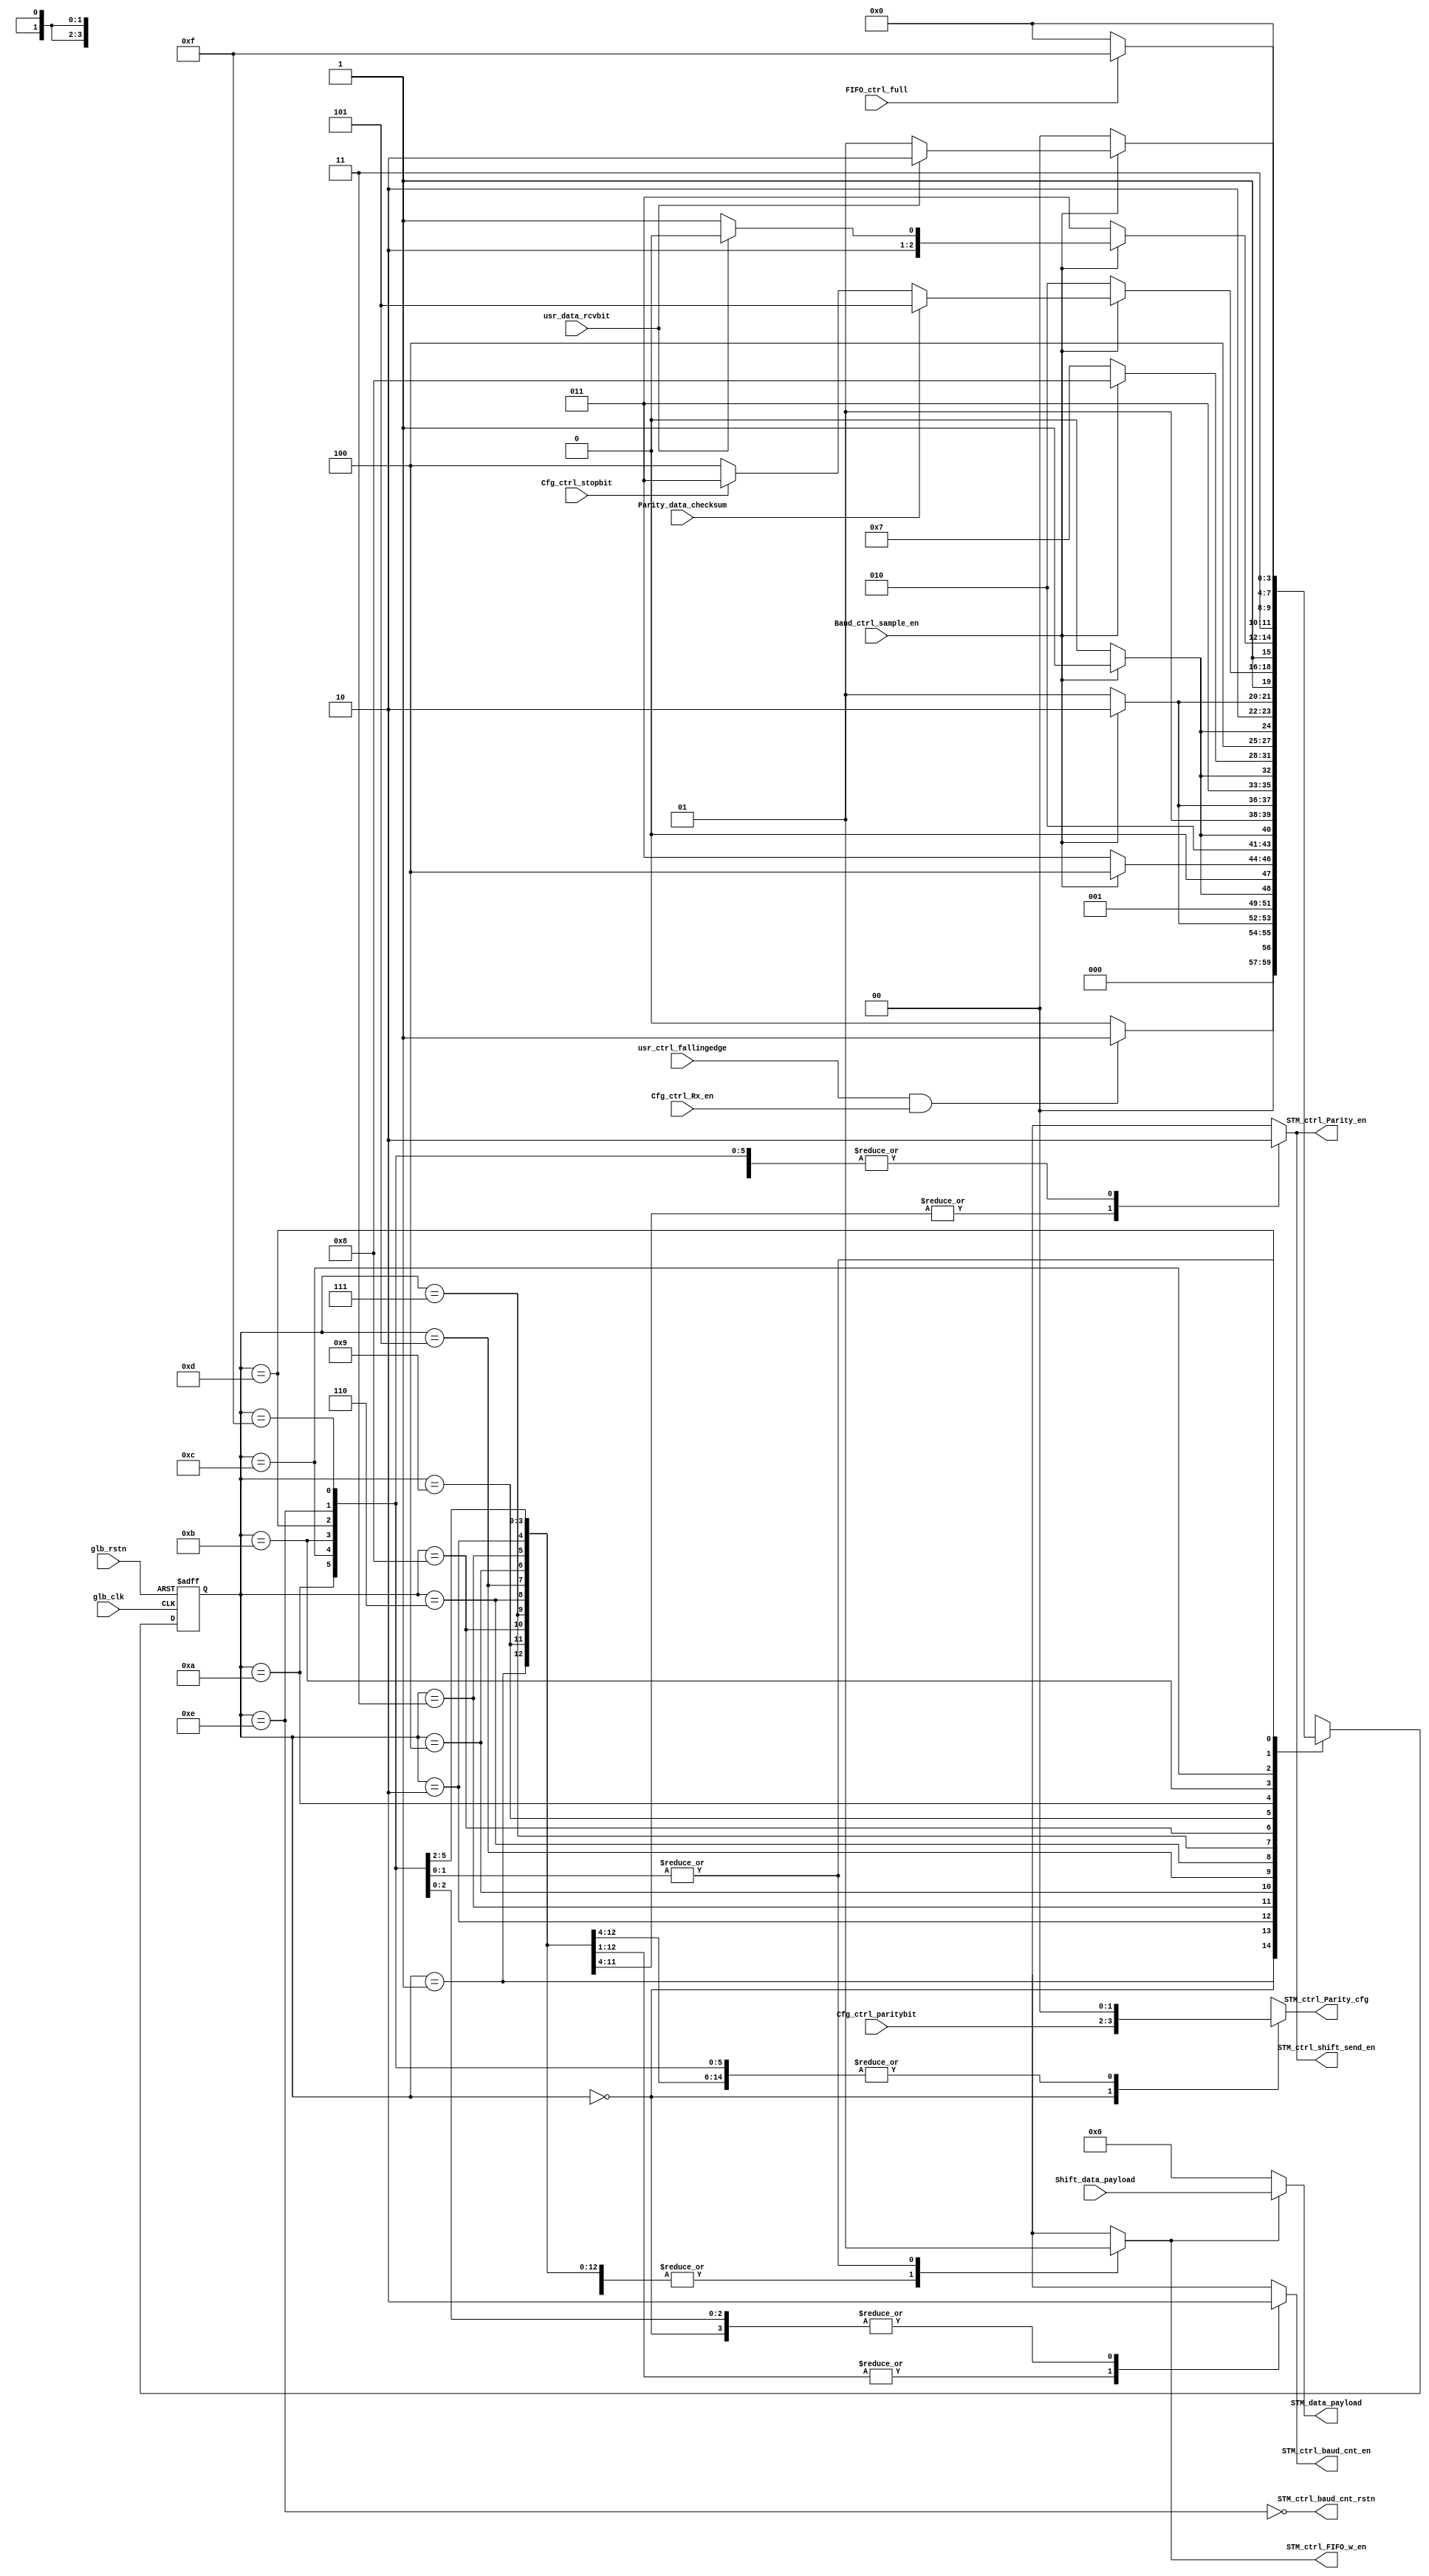
`timescale 1ns / 1ps

module RX_STM (
	 input glb_rstn
	,input glb_clk
	// from cfg registers
	,input Cfg_ctrl_stopbit
	,input[1:0] Cfg_ctrl_paritybit
	,input Cfg_ctrl_Rx_en
	// to FIFO
	,output reg [7:0] STM_data_payload
	,output reg STM_ctrl_FIFO_w_en
	,input FIFO_ctrl_full
	// from baud cnter
	,input Baud_ctrl_sample_en
	// to baud cnter
	,output reg STM_ctrl_baud_cnt_en
	,output reg STM_ctrl_baud_cnt_rstn
	//from Rx_shift_register
	,input [7:0] Shift_data_payload
	//to Rx_shift_register
	,output reg STM_ctrl_shift_send_en
	//from parity generator
	,input Parity_data_checksum
	//to parity generator
	,output reg [1:0] STM_ctrl_Parity_cfg
	,output reg STM_ctrl_Parity_en
	// from Rx_filter
	,input usr_ctrl_fallingedge
	,input usr_data_rcvbit
);
parameter Finished_a_frame = 4'd14;
parameter Wait_for_transfer = 4'd15;
parameter Init = 4'd0;
parameter Read_start = 4'd1;
parameter Read_1 = 4'd2;
parameter Read_2 = 4'd3;
parameter Read_3 = 4'd4;
parameter Read_4 = 4'd5;
parameter Read_5 = 4'd6;
parameter Read_6 = 4'd7;
parameter Read_7 = 4'd8;
parameter Read_8 = 4'd9;
parameter Read_P = 4'd10;
parameter Read_Stop_2 = 4'd11;
parameter Read_Stop_1 = 4'd12;
parameter Fault = 4'd13;
reg [3:0] state;
reg [3:0] next_state;
always @(negedge glb_rstn or posedge glb_clk)
begin
	if(!glb_rstn) 
		state <= 0;
	else 
	begin
		state<=next_state;
	end
end 
always @ (*)
begin
	STM_ctrl_baud_cnt_rstn=!(state==Finished_a_frame);
end // always

always @ (*)
begin
	case (state) 
	    4'd0    :   begin next_state = (usr_ctrl_fallingedge&Cfg_ctrl_Rx_en)?Read_start:Init; end
	    4'd1    :   begin next_state = (Baud_ctrl_sample_en)?Read_1:Read_start; end
	    4'd2    :   begin next_state = (Baud_ctrl_sample_en)?Read_2:Read_1; end
	    4'd3    :   begin next_state = (Baud_ctrl_sample_en)?Read_3:Read_2; end
	    4'd4    :   begin next_state = (Baud_ctrl_sample_en)?Read_4:Read_3; end
	    4'd5    :   begin next_state = (Baud_ctrl_sample_en)?Read_5:Read_4; end
	    4'd6    :   begin next_state = (Baud_ctrl_sample_en)?Read_6:Read_5; end
	    4'd7    :   begin next_state = (Baud_ctrl_sample_en)?Read_7:Read_6; end
	    4'd8    :   begin next_state = (Baud_ctrl_sample_en)?Read_8:Read_7; end
	    4'd9    :   begin next_state = (Baud_ctrl_sample_en)?Read_P:Read_8; end
	    4'd10   :   begin next_state =(Baud_ctrl_sample_en)?(Parity_data_checksum)?Fault:(Cfg_ctrl_stopbit)?Read_Stop_2:Read_Stop_1:Read_P; end
	    4'd11   :   begin next_state =(Baud_ctrl_sample_en)?(usr_data_rcvbit)?Read_Stop_1:Fault:Read_Stop_2; end
	    4'd12   :   begin next_state =(Baud_ctrl_sample_en)?(usr_data_rcvbit)?Finished_a_frame:Fault:Read_Stop_1; end
	    Fault   :   begin next_state =Init; end
	    Finished_a_frame:begin next_state= (FIFO_ctrl_full)?Wait_for_transfer:Init; end
	    Wait_for_transfer :   begin next_state = (!FIFO_ctrl_full)?Init:Wait_for_transfer; end
	endcase
end // always

always @ (*)
begin
	STM_data_payload=(STM_ctrl_FIFO_w_en)?Shift_data_payload:0;
end // always

always @ (*)
begin
	case(state)
	Init:
	begin
		STM_ctrl_Parity_cfg=Cfg_ctrl_paritybit;
		STM_ctrl_Parity_en=0;
		STM_ctrl_FIFO_w_en=0;
		STM_ctrl_shift_send_en=0;
		STM_ctrl_baud_cnt_en=0;
	end
	Read_start:
	begin
		STM_ctrl_Parity_cfg=0;
		STM_ctrl_Parity_en=0;
		STM_ctrl_FIFO_w_en=0;
		STM_ctrl_shift_send_en=0;
		STM_ctrl_baud_cnt_en=1;
	end
	Read_1,Read_2,Read_3,Read_4,Read_5,Read_6,Read_7,Read_8:
	begin
		STM_ctrl_Parity_cfg=0;
		STM_ctrl_Parity_en=1;
		STM_ctrl_FIFO_w_en=0;
		STM_ctrl_shift_send_en=1;
		STM_ctrl_baud_cnt_en=1;
	end
	Read_P:
	begin
		STM_ctrl_Parity_cfg=0;
		STM_ctrl_Parity_en=0;
		STM_ctrl_FIFO_w_en=0;
		STM_ctrl_shift_send_en=0;
		STM_ctrl_baud_cnt_en=1;
	end
	Read_Stop_2,Read_Stop_1:
	begin
		STM_ctrl_Parity_cfg=0;
		STM_ctrl_Parity_en=0;
		STM_ctrl_FIFO_w_en=0;
		STM_ctrl_shift_send_en=0;
		STM_ctrl_baud_cnt_en=1;
	end
	Finished_a_frame:
	begin
		STM_ctrl_Parity_cfg=0;
		STM_ctrl_Parity_en=0;
		STM_ctrl_FIFO_w_en=1;
		STM_ctrl_shift_send_en=0;
		STM_ctrl_baud_cnt_en=0;
	end
	Fault:
	begin
		STM_ctrl_Parity_cfg=0;
		STM_ctrl_Parity_en=0;
		STM_ctrl_FIFO_w_en=0;
		STM_ctrl_shift_send_en=0;
		STM_ctrl_baud_cnt_en=0;
	end
	Wait_for_transfer:
	begin
		STM_ctrl_Parity_cfg=0;
		STM_ctrl_Parity_en=0;
		STM_ctrl_FIFO_w_en=1;
		STM_ctrl_shift_send_en=0;
		STM_ctrl_baud_cnt_en=0;
	end
	endcase
end // always

endmodule